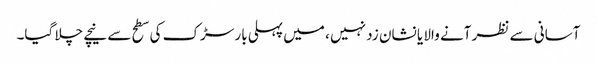
آسانی سے نظر آنے والا یا نشان زد نہیں ، میں پہلی بار سڑک کی سطح سے نیچے چلا گیا۔